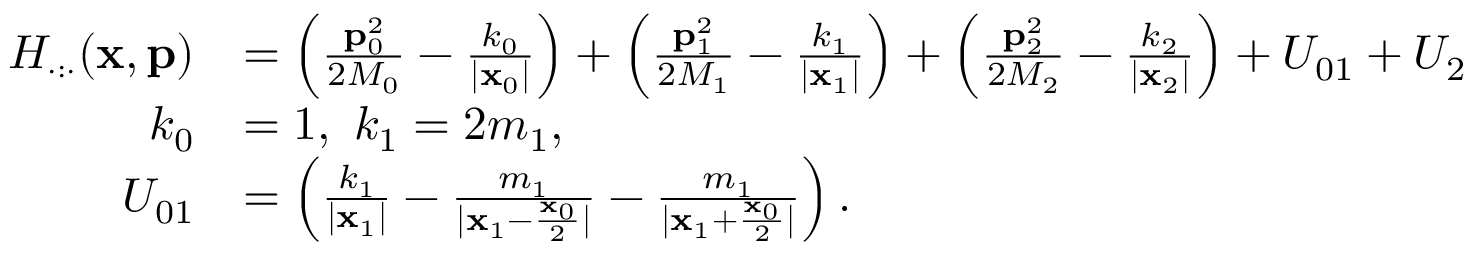
\begin{array} { r l } { H _ { \cdot : \cdot } ( \mathbf { x } , \mathbf { p } ) } & { = \left( \frac { \mathbf { p } _ { 0 } ^ { 2 } } { 2 M _ { 0 } } - \frac { k _ { 0 } } { | \mathbf { x } _ { 0 } | } \right) + \left( \frac { \mathbf { p } _ { 1 } ^ { 2 } } { 2 M _ { 1 } } - \frac { k _ { 1 } } { | \mathbf { x } _ { 1 } | } \right) + \left( \frac { \mathbf { p } _ { 2 } ^ { 2 } } { 2 M _ { 2 } } - \frac { k _ { 2 } } { | \mathbf { x } _ { 2 } | } \right) + U _ { 0 1 } + U _ { 2 } } \\ { k _ { 0 } } & { = 1 , \ k _ { 1 } = 2 m _ { 1 } , \quad } \\ { U _ { 0 1 } } & { = \left( \frac { k _ { 1 } } { | \mathbf { x } _ { 1 } | } - \frac { m _ { 1 } } { | \mathbf { x } _ { 1 } - \frac { \mathbf { x } _ { 0 } } { 2 } | } - \frac { m _ { 1 } } { | \mathbf { x } _ { 1 } + \frac { \mathbf { x } _ { 0 } } { 2 } | } \right) . } \end{array}